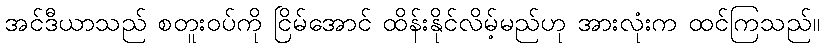
အင်ဒီယာသည် စတူးဝပ်ကို ငြိမ်အောင် ထိန်းနိုင်လိမ့်မည်ဟု အားလုံးက ထင်ကြသည်။